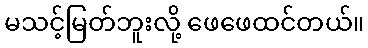
မသင့်မြတ်ဘူးလို့ ဖေဖေထင်တယ်။